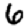
Digit: 6